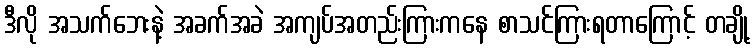
ဒီလို အသက်ဘေးနဲ့ အခက်အခဲ အကျပ်အတည်းကြားကနေ စာသင်ကြားရတာကြောင့် တချို့